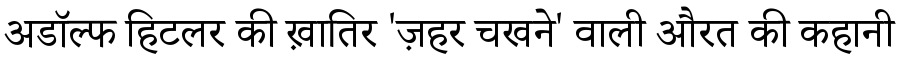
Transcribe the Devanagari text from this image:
अडॉल्फ हिटलर की ख़ातिर 'ज़हर चखने' वाली औरत की कहानी